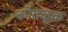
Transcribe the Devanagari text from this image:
कोतळूक